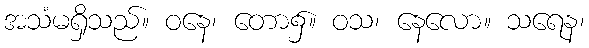
အသံမရှိသည်။ ဝနေ၊ တော၌။ ဝသ၊ နေလော။ သရေန၊